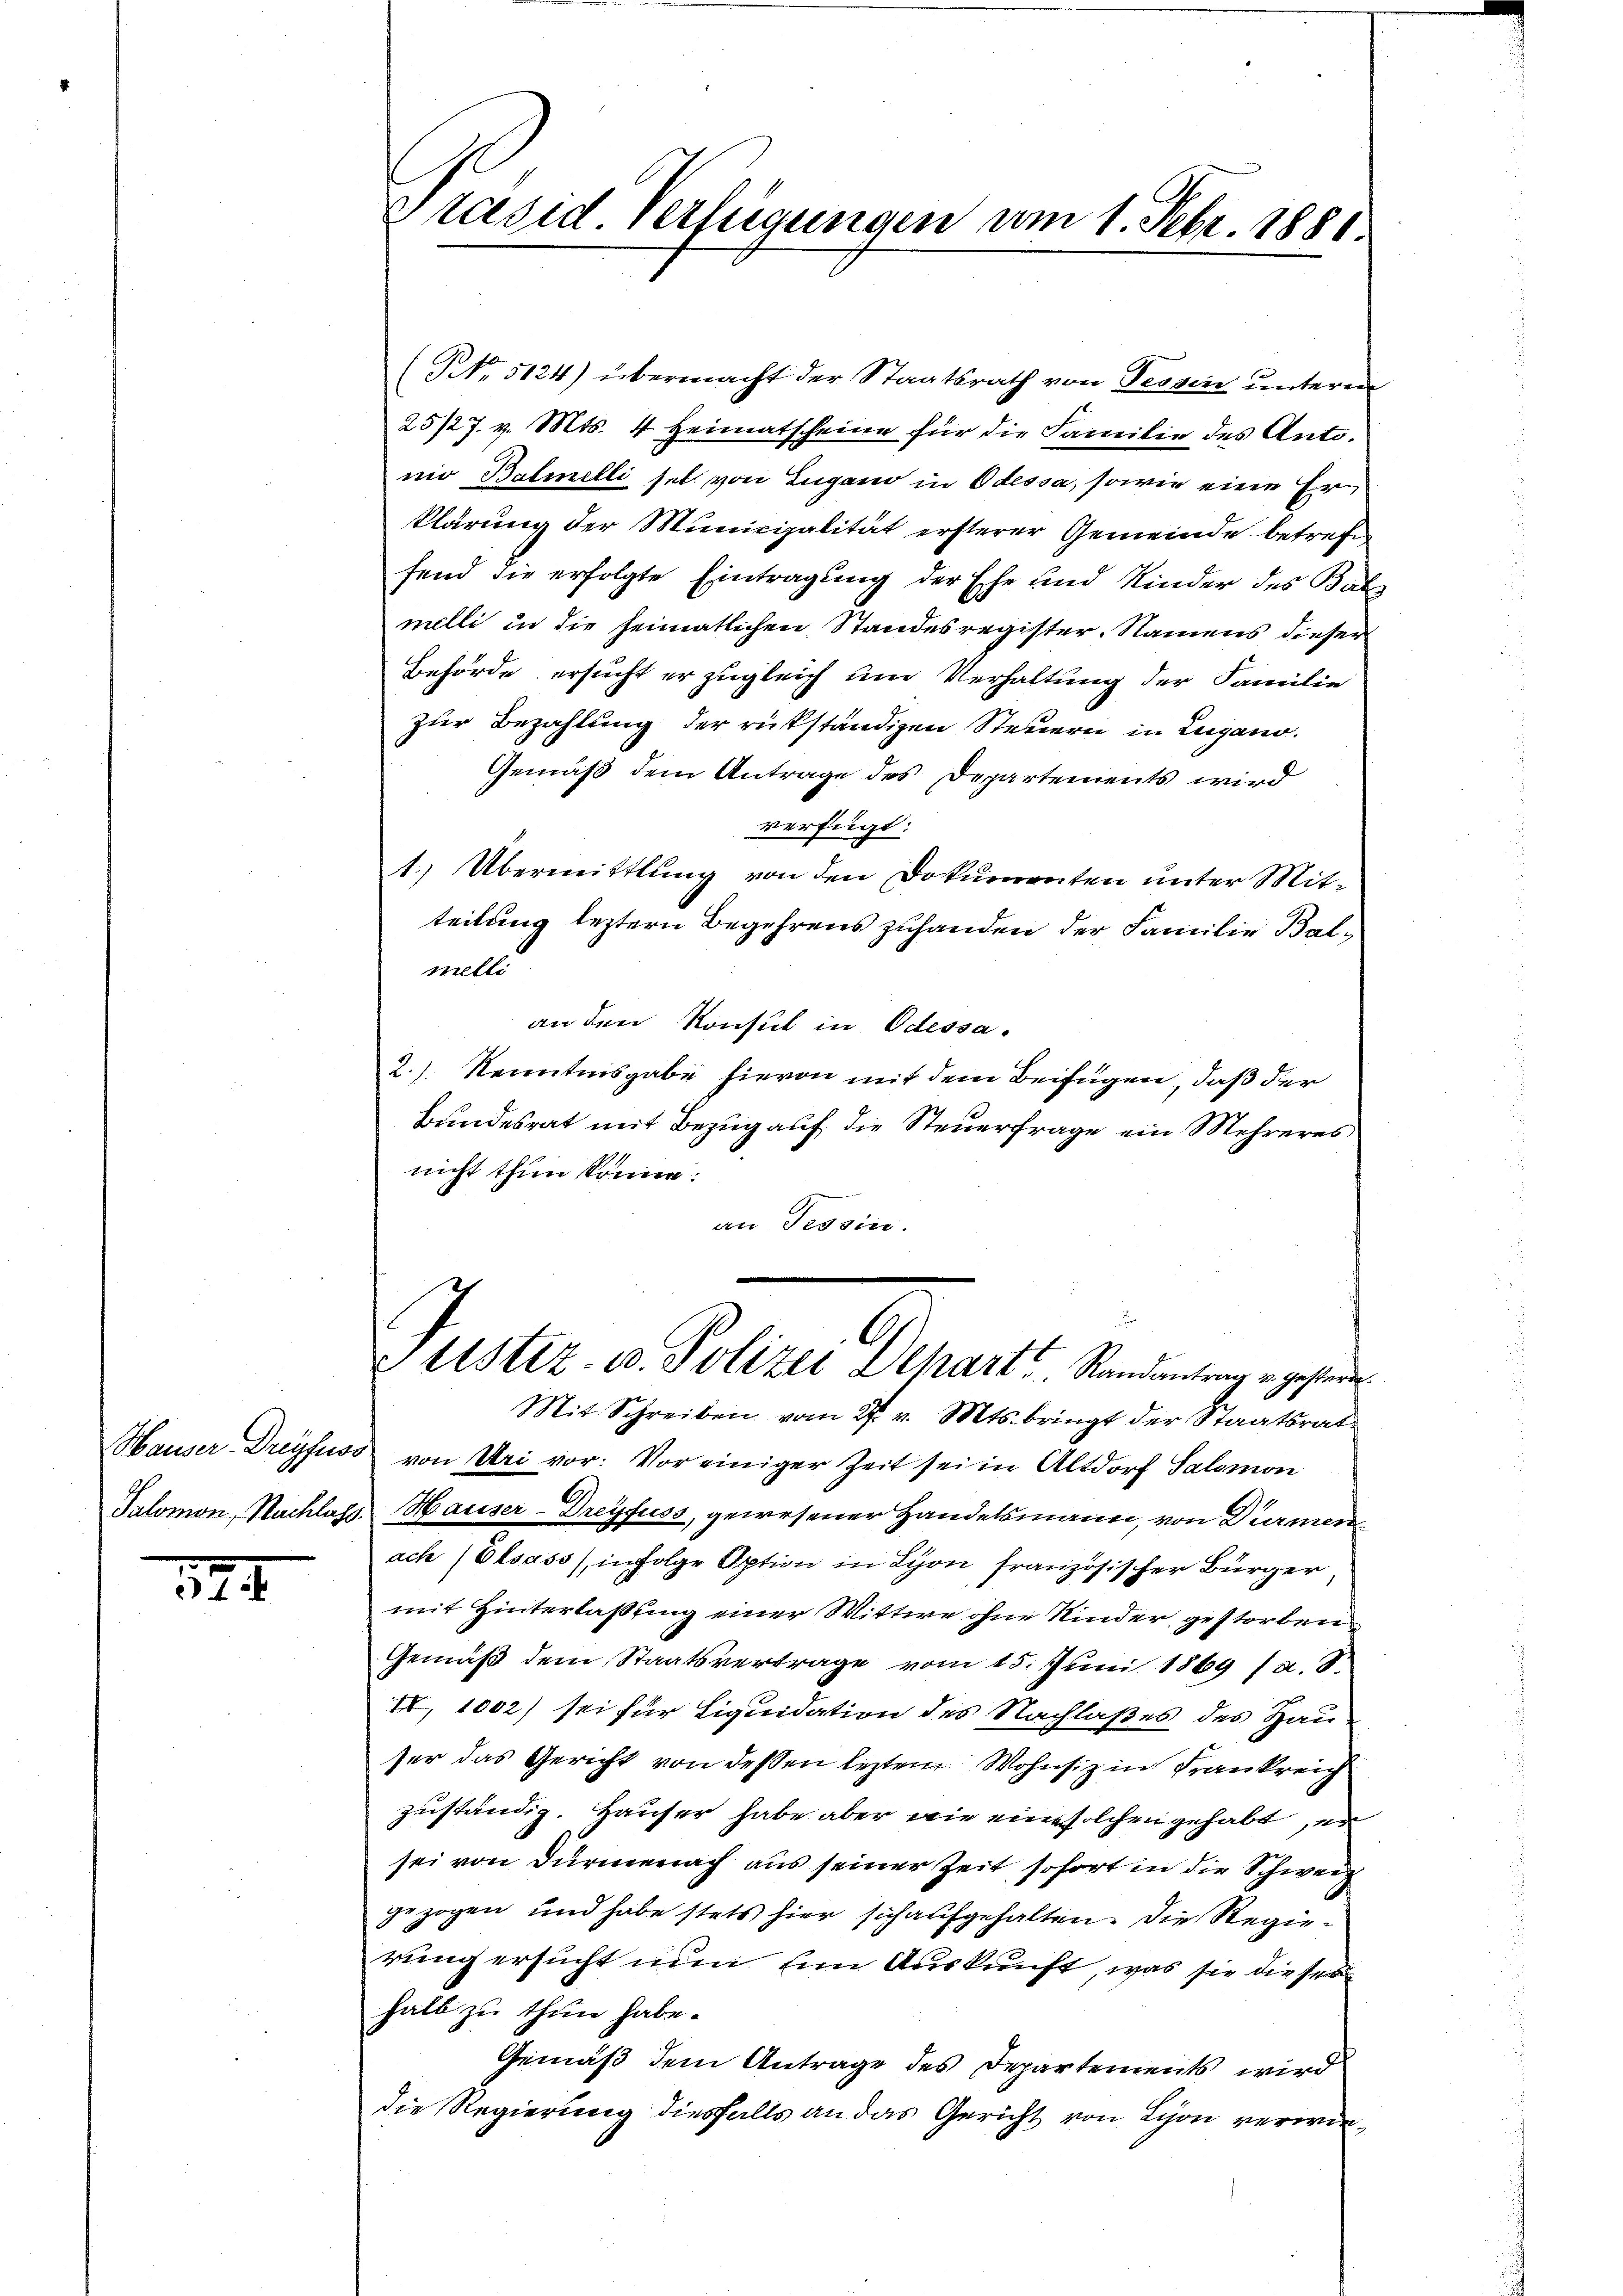
Hauser Dreyfuss
Salomon, Nachlags.

374.

Präsid. Verfügungen am 1 Febr. 1880.

(NNo. 5124) übermacht der Staatsrath von Tessin unteren
25/27. v. Mts. 4 Heimatscheine für die Familie des Antonio Balinelli sei von Lugano in Odessa, sowie eine Erklärung der Municipalität ersterer Gemeinde betref
fend die erfolgte Eintragung der Ehe und Kinder des Bal
melli in die heimatlichen Standesregister. Namens dieser
Behörde ersucht er zugleich um Verhaltung der Familie
zur Bezahlung der rükständigen Steuern in Lugano.
Gemäß dem Antrage des Departements wird
verfügt:
1. Übermittlung von den Dokumenten unter Mitteilung leztern Begehrens zuhanden der Familie Balmelli
an den Konsul in Odessa.
2.) Kenntnisgabe hievon mit dem Beifügen, daß der
Bundesrat mit Bezug auf die Steuerfrage ein Mehreres.
nicht thun könne.
an Tessin.
Ustiz- u. Polizei Depart Randantrag u. gestern
Mit Schreiben vom 27. v. Mts. bringt der Staatsrat
von Uri vor: Vor einiger Zeit sei in Altdorf Salomon
Hauser-Dreyfuss, gewesener Handelsmann, von Dürmen
ach (Elsass, infolge Aption in Lyon französischer Bürger
mit Hinterlaßung einer Wittwe ohne Kinder, gestorben
Gemäß dem Staatsvertrage vom 15. Juni 1869 (a. S.
II, 1002) sei für Liquidation des Nachlaßes des Hau-
ser das Gericht von dessen leztem Wohnsiz in Frankreich
zuständig. Hauser habe aber wie eine solchen gehabt, er
sei von Dürmenach aus seiner Zeit sofort in die Schweiz
gezogen und habe stets hier sich aufgehalten. Die Regierung ersucht nun ein Auskunft, was sie dieser
halb zu thun habe.
Gemäß dem Antrage des Departements wird
die Regierung diesfalls an das Gericht von Lyon verwie¬